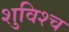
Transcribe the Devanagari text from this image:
शुविश्च